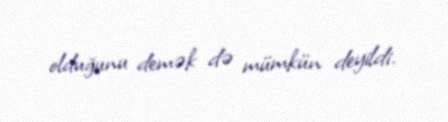
olduğunu demək də mümkün deyildi.